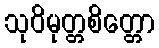
သုဝိမုတ္တစိတ္တော